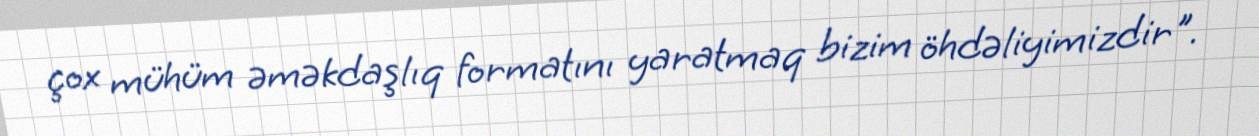
çox mühüm əməkdaşlıq formatını yaratmaq bizim öhdəliyimizdir".